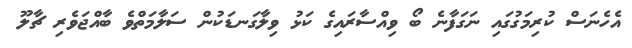
އެހެނަސް ކުރިމަގުގައި ނަގަފާނެ ބޯ ވިއްސާރައިގެ ކަޅު ވިލާގަނޑަކުން ސަލާމަތްވެ ބާއްޖަވެރި ޗާލޫ